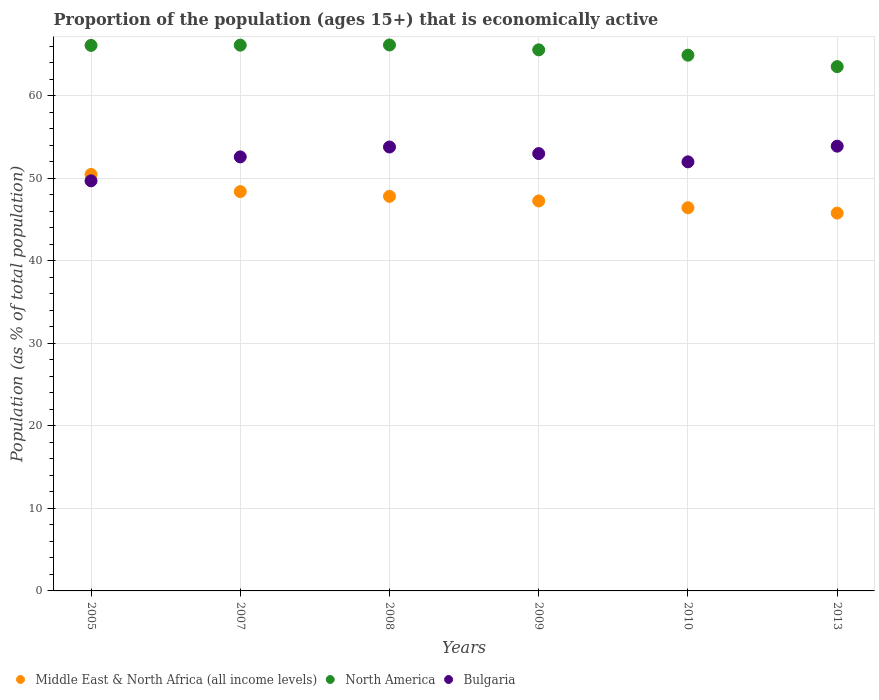
| Years | Middle East & North Africa (all income levels) | North America | Bulgaria |
 | --- | --- | --- | --- |
 | 2005 | 50.5 | 66.1 | 49.7 |
 | 2007 | 48.4 | 66.1 | 52.6 |
 | 2008 | 47.8 | 66.2 | 53.8 |
 | 2009 | 47.3 | 65.6 | 53 |
 | 2010 | 46.4 | 64.9 | 52 |
 | 2013 | 45.8 | 63.5 | 53.9 |